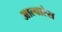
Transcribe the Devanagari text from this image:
आल्वारेस